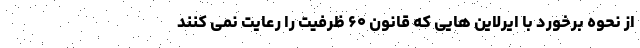
از نحوه برخورد با ایرلاین هایی که قانون ۶۰ ظرفیت را رعایت نمی کنند